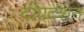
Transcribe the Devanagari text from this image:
दीपदर्शन